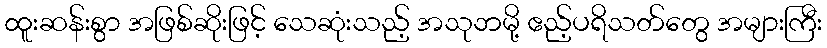
ထူးဆန်းစွာ အဖြစ်ဆိုးဖြင့် သေဆုံးသည့် အသုဘမို့ ဧည့်ပရိသတ်တွေ အများကြီး